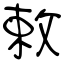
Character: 敕